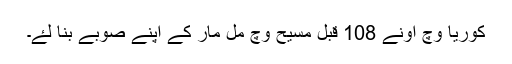
کوریا وچ اونے 108 قبل مسیح وچ مل مار کے اپنے صوبے بنا لۓ۔